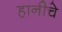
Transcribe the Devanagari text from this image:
हानीचे